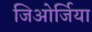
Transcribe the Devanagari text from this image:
जिओर्जिया